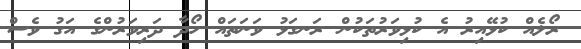
ރޯލެއް ކުޅޭއިރު އެ ކުޅިވަރުތަކުން ރަނގަޅު ވަނަތައް ހޯދާ ދަރިވަރުންގެ އަގު ވެސް